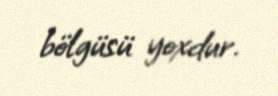
bölgüsü yoxdur.